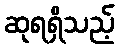
ဆုရရှိသည့်